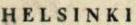
HELSINKI